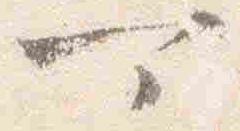
可